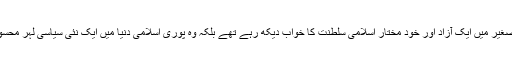
اقبال نہ صرف برصغیر میں ایک آزاد اور خود مختار اسلامی سلطنت کا خواب دیکھ رہے تھے بلکہ وہ پوری اسلامی دنیا میں ایک نئی سیاسی لہر محسوس کر رہے تھے۔